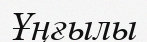
Ұңғылы